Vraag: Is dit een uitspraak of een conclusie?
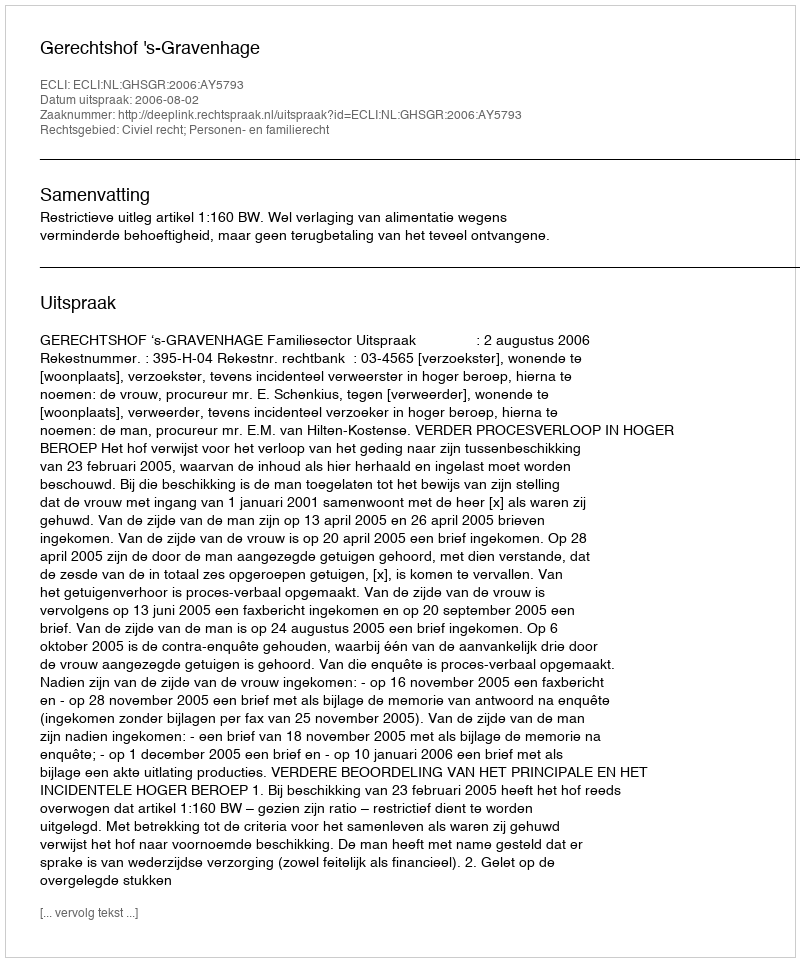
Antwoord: Uitspraak